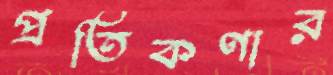
প্রতিকণার